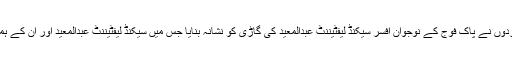
شمالی وزیرستان میں دہشت گردوں نے پاک فوج کے نوجوان افسر سیکنڈ لیفٹیننٹ عبدالمعید کی گاڑی کو نشانہ بنایا جس میں سیکنڈ لیفٹیننٹ عبدالمعید اور ان کے ہمراہ سپاہی بشارت شہید ہوگئے۔